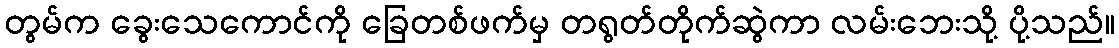
တွမ်က ခွေးသေကောင်ကို ခြေတစ်ဖက်မှ တရွတ်တိုက်ဆွဲကာ လမ်းဘေးသို့ ပို့သည်။